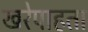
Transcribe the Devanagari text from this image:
खरेपाहता